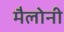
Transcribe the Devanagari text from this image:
मैलोनी